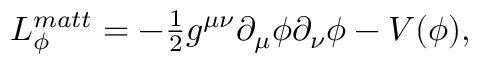
\begin{array} { r } { L _ { \phi } ^ { m a t t } = - \frac { 1 } { 2 } g ^ { \mu \nu } \partial _ { \mu } \phi \partial _ { \nu } \phi - V ( \phi ) , } \end{array}